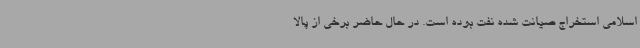
اسلامی استخراج صیانت‌ شده نفت بوده ‌است. در حال حاضر برخی از پالا